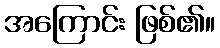
အကြောင်း ဖြစ်၏။